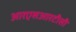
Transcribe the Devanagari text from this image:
आरएसआरटीसी